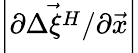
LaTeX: \left|\partial\vec{\Delta\xi^{H}}/\partial\vec{x}\right|